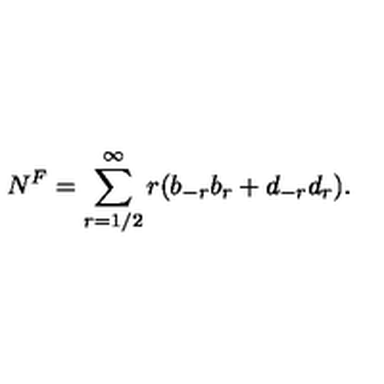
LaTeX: N ^ { F } = \sum _ { r = 1 / 2 } ^ { \infty } r ( b _ { - r } b _ { r } + d _ { - r } d _ { r } ) .